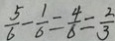
\frac { 5 } { 6 } - \frac { 1 } { 6 } = \frac { 4 } { 6 } = \frac { 2 } { 3 }